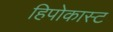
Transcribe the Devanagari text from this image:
हिपोकास्ट